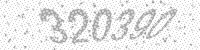
Solution: 320390